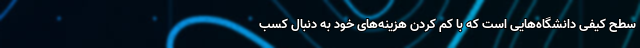
سطح کیفی دانشگاه‌هایی است که با کم کردن هزینه‌های خود به دنبال کسب